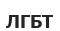
ЛГБТ